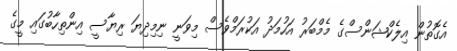
އެގޮތުން އިލެކްޝަންސްގެ މެމްބަރު އަހުމަދު އަކުރަމްވެސް މިވަނީ ނިމިދިޔަ ރިޔާސީ އިންތިހާބުގައި މީގެ